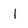
Character: I